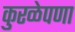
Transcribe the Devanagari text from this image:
कुरळेपणा